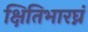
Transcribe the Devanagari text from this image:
क्षितिभारघ्नं